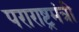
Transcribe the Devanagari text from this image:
पराराष्ट्रमंत्री